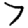
Digit: 7